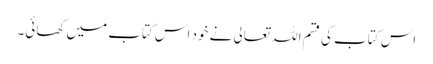
اس کتاب کی قسم اللہ تعالی نے خود اس کتاب میں‌ کھائی۔